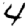
Digit: 4